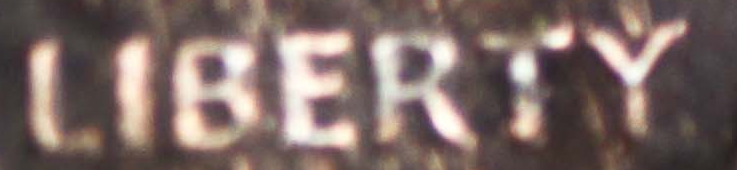
LIBERTY